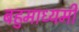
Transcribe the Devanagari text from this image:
बहुमाध्यमी